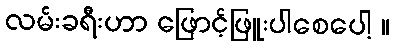
လမ်းခရီးဟာ ဖြောင့်ဖြူးပါစေပေါ့ ။